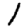
Digit: 1